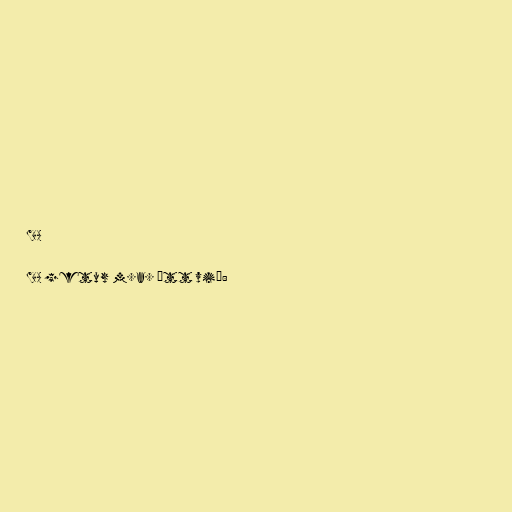
WBA

WBA getur m.a. átt við: